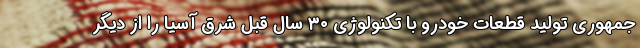
جمهوری تولید قطعات خودرو با تکنولوژی ۳۰ سال قبل شرق آسیا را از دیگر